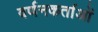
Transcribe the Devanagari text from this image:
वर्णनकर्ताओं